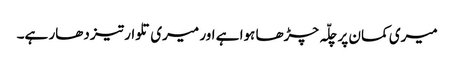
میری کمان پر چلّہ چڑھا ہوا ہے اور میری تلوار تیز دھار ہے۔